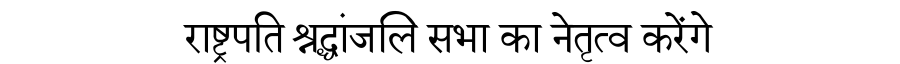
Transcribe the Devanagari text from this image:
राष्ट्रपति श्रद्धांजलि सभा का नेतृत्व करेंगे